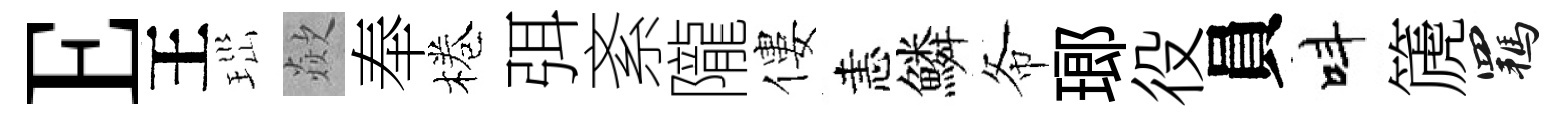
E王𤤼歘奉棬弭紊隴僂恚鱗𢁙瑯役員呌篪羈